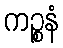
ကဉ္စနံ